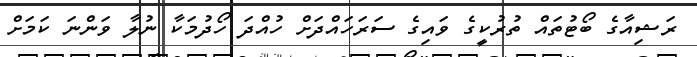
ރަޝިއާގެ ބޯޓުތައް ތުރުކީގެ ވައިގެ ސަރަހައްދަށް ހުއްދަ ހޯދުމަކާ ނުލާ ވަންނަ ކަމަށް